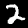
Label: 2